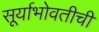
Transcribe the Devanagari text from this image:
सूर्याभोवतीची